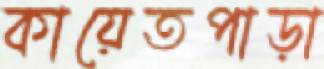
কায়েতপাড়া